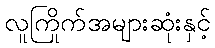
လူကြိုက်အများဆုံးနှင့်